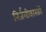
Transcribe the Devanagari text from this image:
निर्जलीकारकों